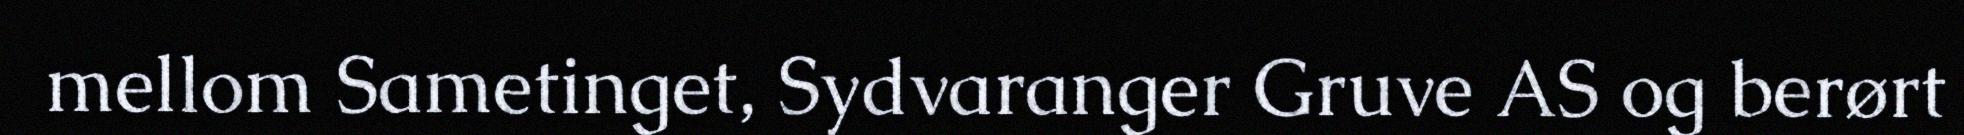
mellom Sametinget, Sydvaranger Gruve AS og berørt